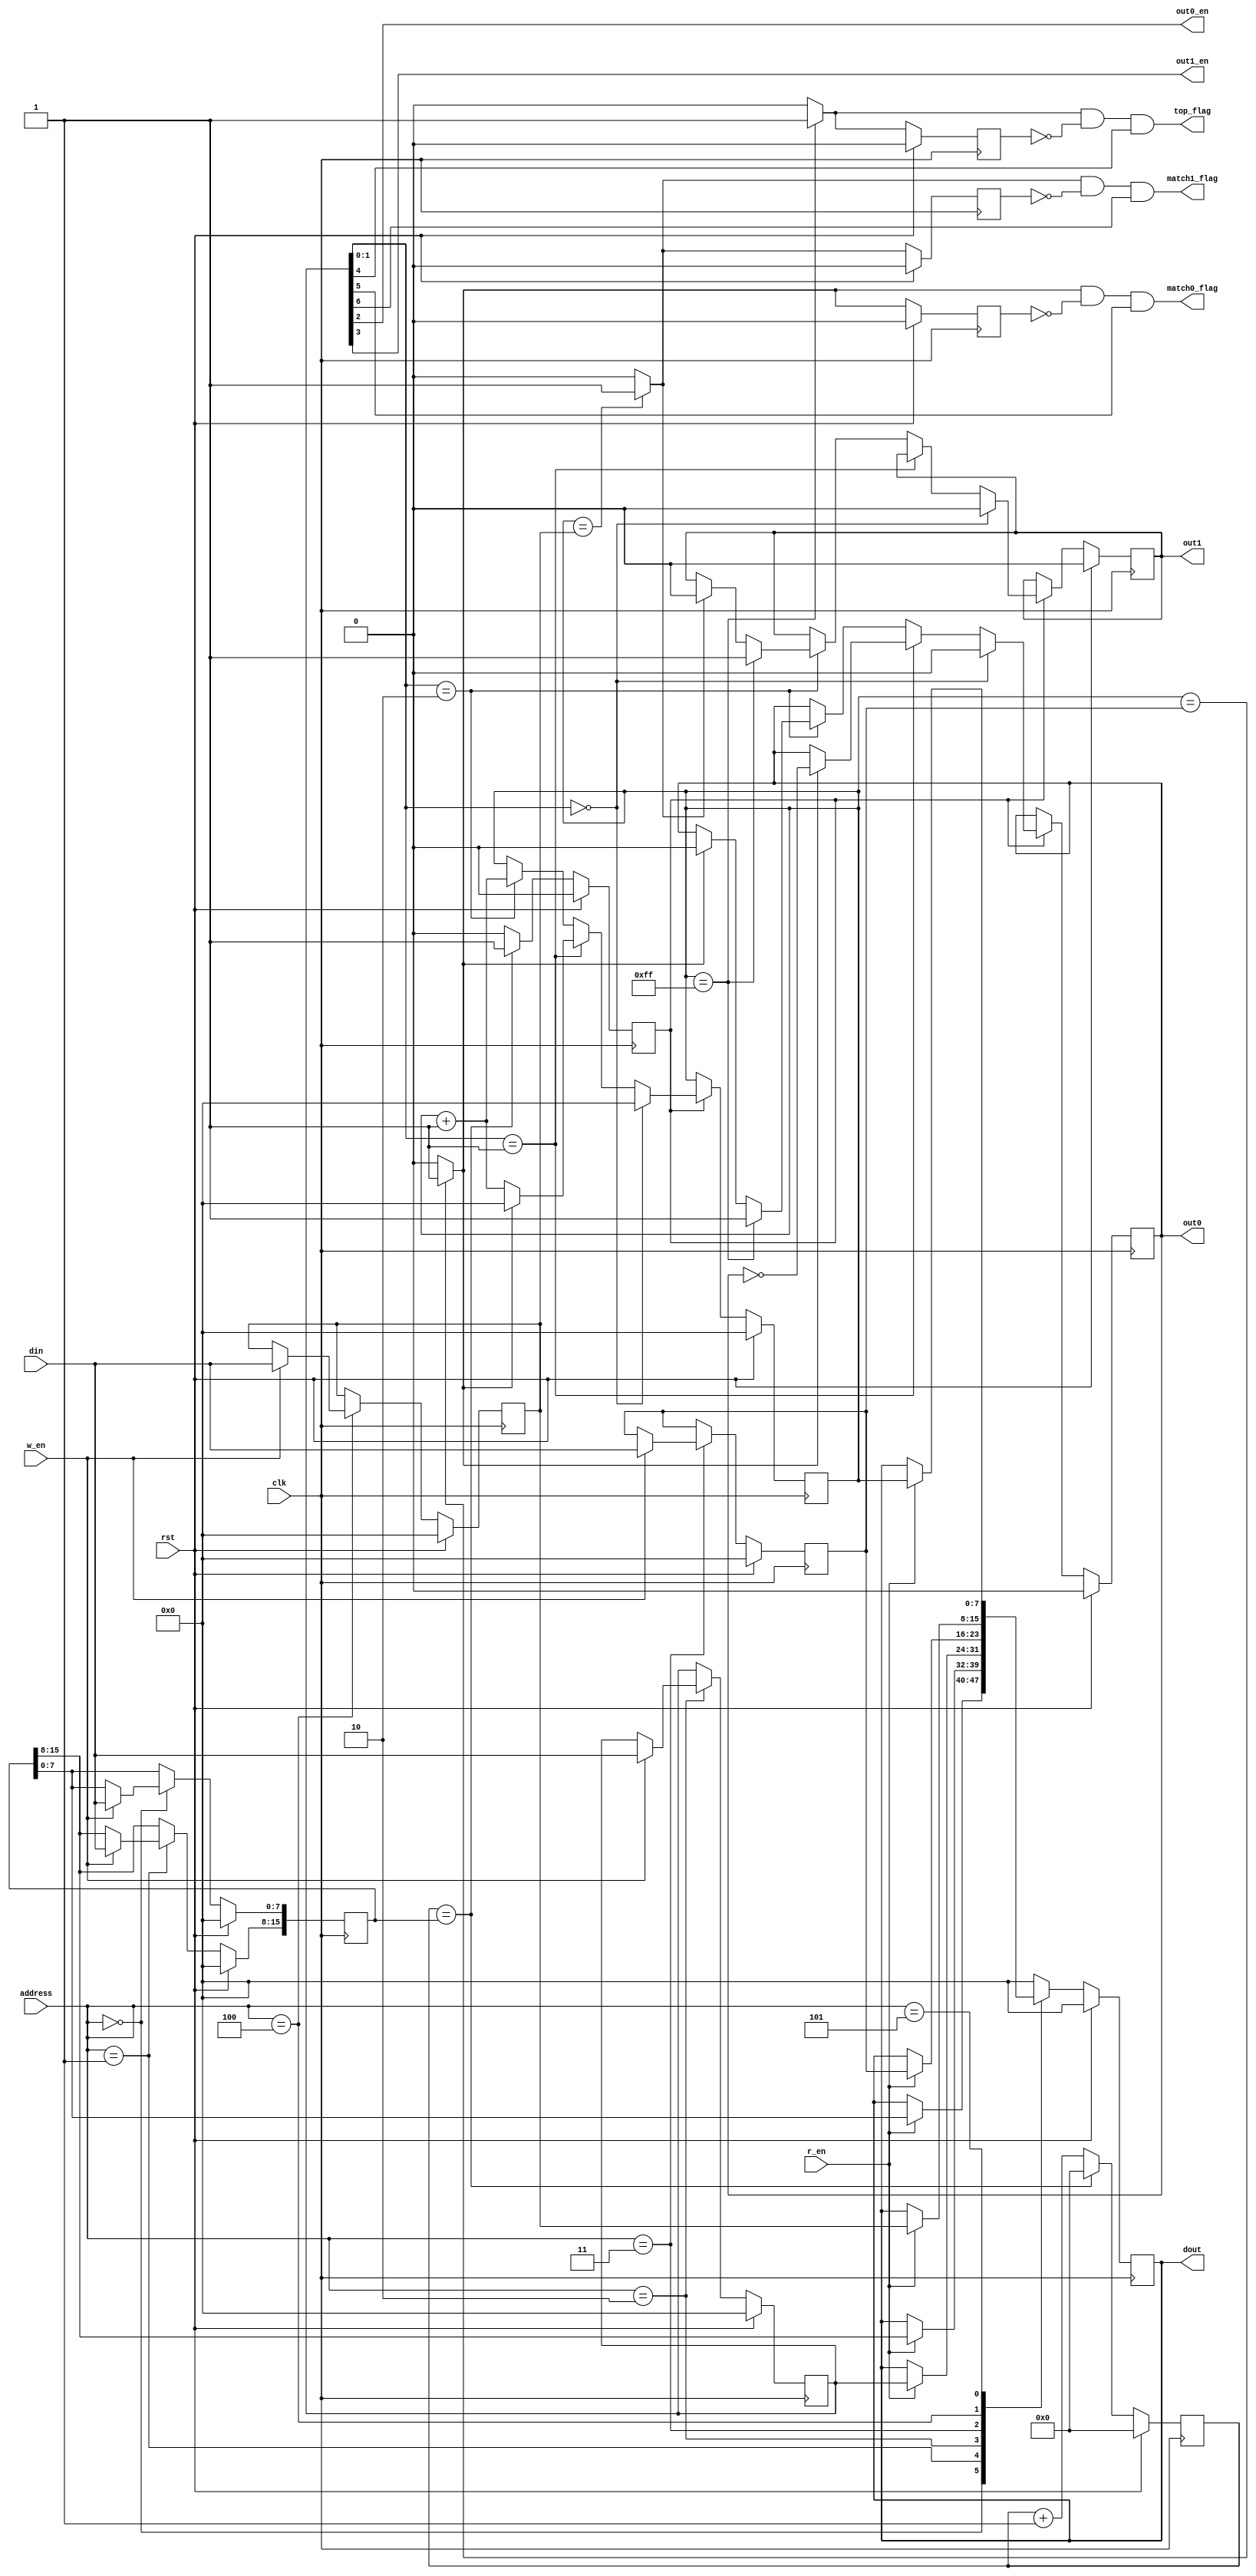
module counter_timer(input wire clk,
                     input wire rst,
                     input wire [7:0] din,
                     input wire [7:0] address,
                     input wire w_en,
                     input wire r_en,
                     output reg [7:0] dout,
                     output reg out0 = 0,
                     output reg out1 = 0,
                     output wire out0_en,
                     output wire out1_en,
                     output wire top_flag,
                     output wire match0_flag,
                     output wire match1_flag,
);
    //*********************************************************************************************
    parameter COUNTER_TIMER_ADDRESS = 8'h00;
    localparam SCALE_FACTOR_LSB_ADDRESS = COUNTER_TIMER_ADDRESS;
    localparam SCALE_FACTOR_MSB_ADDRESS = COUNTER_TIMER_ADDRESS + 1;
    localparam COUNTER_CONTROL_ADDRESS = COUNTER_TIMER_ADDRESS + 2;
    localparam CMPR0_ADDRESS = COUNTER_TIMER_ADDRESS + 3;
    localparam CMPR1_ADDRESS = COUNTER_TIMER_ADDRESS + 4;
    localparam COUNTER_ADDRESS = COUNTER_TIMER_ADDRESS + 5;
    //*********************************************************************************************
    // Prescaler registeres
    reg [15:0] scaleFactor = 0;
    reg [15:0] prescaler = 0;

    // Counter/Timer registers
    reg [7:0] counterControl = 0;
    reg [7:0] cmpr0 = 0;
    reg [7:0] cmpr1 = 0;
    reg [7:0] counter = 0;

    // External signals
    assign out0_en = counterControl[2];
    assign out1_en = counterControl[3];

    // Internal signals 
    wire match0;
    wire match1;
    wire top;
    reg scaled = 0;
    //*********************************************************************************************
    // Prescaler
    always @(posedge clk) begin
        if(rst) begin
            scaled <= 0;
            prescaler <= 0;
        end
        else if(prescaler == scaleFactor) begin
            scaled <= 1;
            prescaler <= 0;
        end
        else begin
            scaled <= 0;
            prescaler <= prescaler + 1;
        end
    end
    //*********************************************************************************************
    // Counter/Timer
    always @(posedge clk) begin
        if(rst) begin
            counter <= 0;
            out0 <= 0;
            out1 <= 0;
        end
        else if(scaled) begin
            if(counterControl[1:0] == 2'b00) begin          // Idle mode
                counter <= 0;                               // Clear the counter
                out0 <= 0;
                out1 <= 0;
            end
            else if(counterControl[1:0] == 2'b01) begin     // CTC mode
                if(match0) begin                            // On match0:
                    counter <= 0;                           // Reset the counter
                    out0 <= ~out0;                          // Toggle the output
                end
                else begin
                    counter <= counter + 1;
                end
            end
            else if(counterControl[1:0] == 2'b10) begin     // PWM mode
                if(counter == 8'd255) begin                 // If finished 256 cycles
                    out0 <= 1;                              // On next edge (start of zero), set the outputs to 1
                    out1 <= 1;
                end
                else begin
                    if(match0) begin                        // On match0:
                        out0 <= 0;                          // clear out0
                    end
                    if(match1) begin                        // On match1:
                        out1 <= 0;                          // clear out1
                    end
                end
                counter <= counter + 1;
            end
        end
    end
    //*********************************************************************************************
    // Comparators
    assign top = (counter == 255) ? 1 : 0;
    assign match0 = (counter == cmpr0) ? 1 : 0;
    assign match1 = (counter == cmpr1) ? 1 : 0;
    //*********************************************************************************************
    // Interrupts
    reg top_old;
    reg match0_old;
    reg match1_old;
    always @(posedge clk) begin
        if(rst) begin
            top_old <= 0;
            match0_old <= 0;
            match1_old <= 0;
        end
        else begin
            // Needed to detect edges
            top_old <= top;
            match0_old <= match0;
            match1_old <= match1;
        end
    end
    assign top_flag = (top && (~top_old) && counterControl[4]);
    assign match0_flag = (match0 && (~match0_old) && counterControl[5]);
    assign match1_flag = (match1 && (~match1_old) && counterControl[6]);
    //*********************************************************************************************
    always @(posedge clk) begin
        if(rst) begin
            scaleFactor[7:0] <= 0;
            dout <= 0;
            scaleFactor[15:8] <= 0;
            counterControl <= 0;
            cmpr0 <= 0;
            cmpr1 <= 0;
        end
        else begin
            case(address)
                SCALE_FACTOR_LSB_ADDRESS: begin
                    if(w_en) begin
                        scaleFactor[7:0] <= din;
                    end
                    if(r_en) begin
                        dout <= scaleFactor[7:0];
                    end
                end
                SCALE_FACTOR_MSB_ADDRESS: begin
                    if(w_en) begin
                        scaleFactor[15:8] <= din;
                    end
                    if(r_en) begin
                        dout <= scaleFactor[15:8];
                    end
                end
                COUNTER_CONTROL_ADDRESS: begin
                    if(w_en) begin
                        counterControl <= din;
                    end
                    if(r_en) begin
                        dout <= counterControl;
                    end
                end
                CMPR0_ADDRESS: begin
                    if(w_en) begin
                        cmpr0 <= din;
                    end
                    if(r_en) begin
                        dout <= cmpr0;
                    end
                end
                CMPR1_ADDRESS: begin
                    if(w_en) begin
                        cmpr1 <= din;
                    end
                    if(r_en) begin
                        dout <= cmpr1;
                    end
                end
                COUNTER_ADDRESS: begin
                    if(r_en) begin
                        dout <= counter;
                    end
                end
                default begin
                    dout <= 0;
                end
            endcase
        end
    end
    //*********************************************************************************************
endmodule